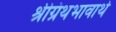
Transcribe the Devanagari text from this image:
श्रीग्रंथभावार्थ